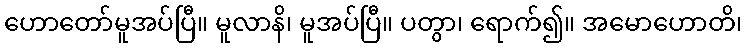
ဟောတော်မူအပ်ပြီ။ မူလာနိ၊ မူအပ်ပြီ။ ပတွာ၊ ရောက်၍။ အမောဟောတိ၊